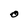
Character: O